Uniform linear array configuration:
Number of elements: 12
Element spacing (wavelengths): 1
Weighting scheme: hamming
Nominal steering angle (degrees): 15
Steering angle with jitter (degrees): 15.718
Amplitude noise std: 0.05
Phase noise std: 0.05

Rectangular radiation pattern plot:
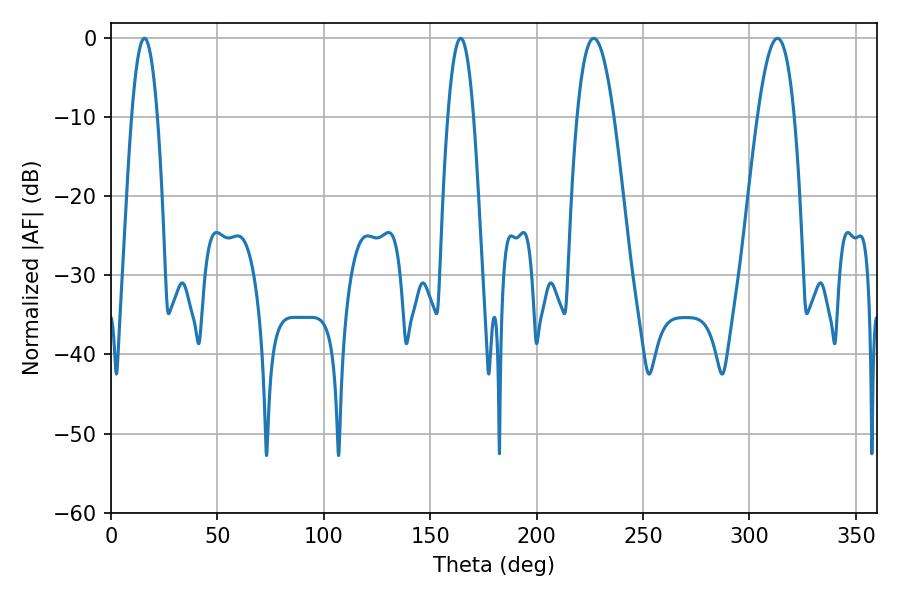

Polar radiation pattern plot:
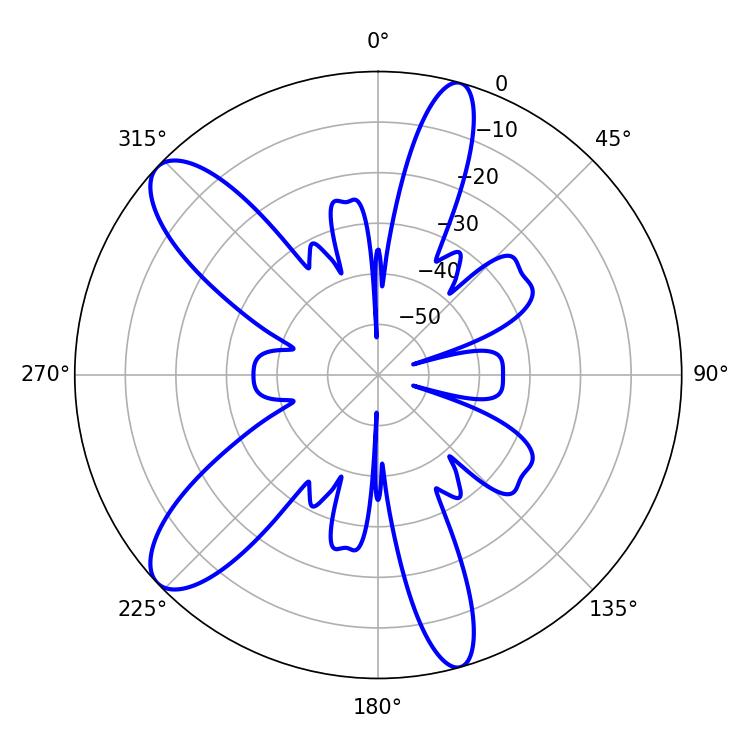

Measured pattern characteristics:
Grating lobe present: TRUE
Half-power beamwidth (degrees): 9.54
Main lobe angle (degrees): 226.8